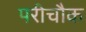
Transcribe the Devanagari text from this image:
परीचौक